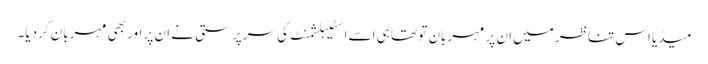
میڈیا اس تناظر میں ان پر مہربان تو تھا ہی اسے اسٹیبلشمنٹ کی سرپرستی نے ان پر اور بھی مہربان کردیا۔